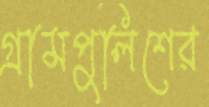
গ্রামপুলিশের